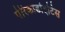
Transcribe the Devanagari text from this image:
पेरिकार्डाइटिस